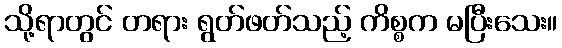
သို့ရာတွင် တရား ရွတ်ဖတ်သည့် ကိစ္စက မပြီးသေး။